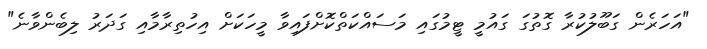
"އަހަރެން ގަބޫލުކުރާ ގޮތުގަ ގައުމީ ޓީމުގައި މަސައްކަތްކޮށްފައިވާ މީހަކަށް އިހުތިރާމާއި ގަދަރު ލިބެންވާނެ"